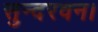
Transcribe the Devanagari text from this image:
सुन्दरवन।